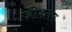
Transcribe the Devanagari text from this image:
जोश्लर